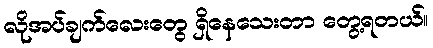
လိုအပ်ချက်လေးတွေ ရှိနေသေးတာ တွေ့ရတယ်။